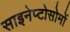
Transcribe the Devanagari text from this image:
साइनेप्टोसोमों